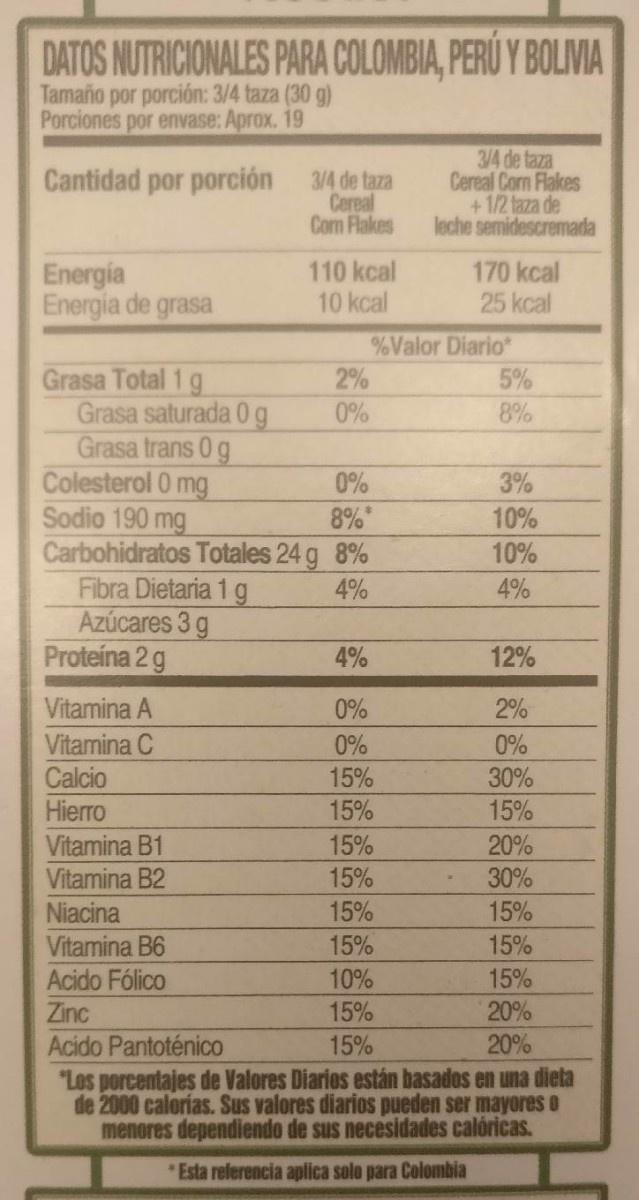
DATOS NUTRICIONALES PARA COLOMBIA, PERU Y BOLIVIA Tamaño por porción: 3/4 taza (30 g) Porciones por envase: Aprox. 19 3/4 de taza Cereal Corn Flakes +1/2 taza de leche semidescremada Cantidad por porción 3/4 de taza Cereal Com Flakes 110 kcal 10 kcal 170 kcal 25 kcal Energia Energia de grasa %Valor Diario 5% 8% Grasa Total 1 g Grasa saturada 0 g Grasa trans O g Colesterol 0 mg Sodio 190 mg Carbohidratos Totales 24 g 8% Fibra Dietaria 1 g Azúcares 3 g Proteina 2 g 2% 0% 3% 0% 8% 10% 10% 4% 4% 4% 12% Vitamina A 0% 2% Vitamina C 0% 0% Calcio Hierro Vitamina B1 Vitamina B2 Niacina Vitamina B6 15% 30% 15% 15% 20% 15% 15% 30% 15% 15% 15% 15% 10% 15% Acido Fólico 20% 15% Zinc 20% Acido Pantoténico 15% Los porcentajes de Valores Diarios están basados en una dieta de 2000 calorias. Sus valores diarios pueden ser mayores o menores dependiendo de sus necesidades calóricas. Esta referencia aplica solo para Colombia